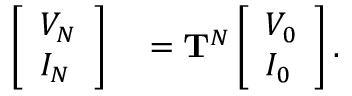
\begin{array} { r l } { \left[ \begin{array} { l } { V _ { N } } \\ { I _ { N } } \end{array} \right] } & { { } = \mathbf { T } ^ { N } \left[ \begin{array} { l } { V _ { 0 } } \\ { I _ { 0 } } \end{array} \right] . } \end{array}